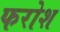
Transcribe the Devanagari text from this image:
फरोश